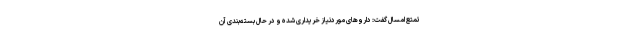
تمتع امسال گفت: داروهای موردنیاز خریداری شده و در حال بسته‌بندی آن